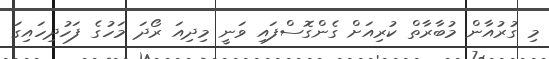
މި ގުރުއާން މުބާރާތް ކުރިއަށް ގެންގޮސްފައި ވަނީ މިދިއަ ރޯދަ މަހުގެ ފަހުދިހައިގަ